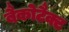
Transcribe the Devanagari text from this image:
बैकोटैक्ट